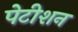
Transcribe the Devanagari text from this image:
पेटीशन